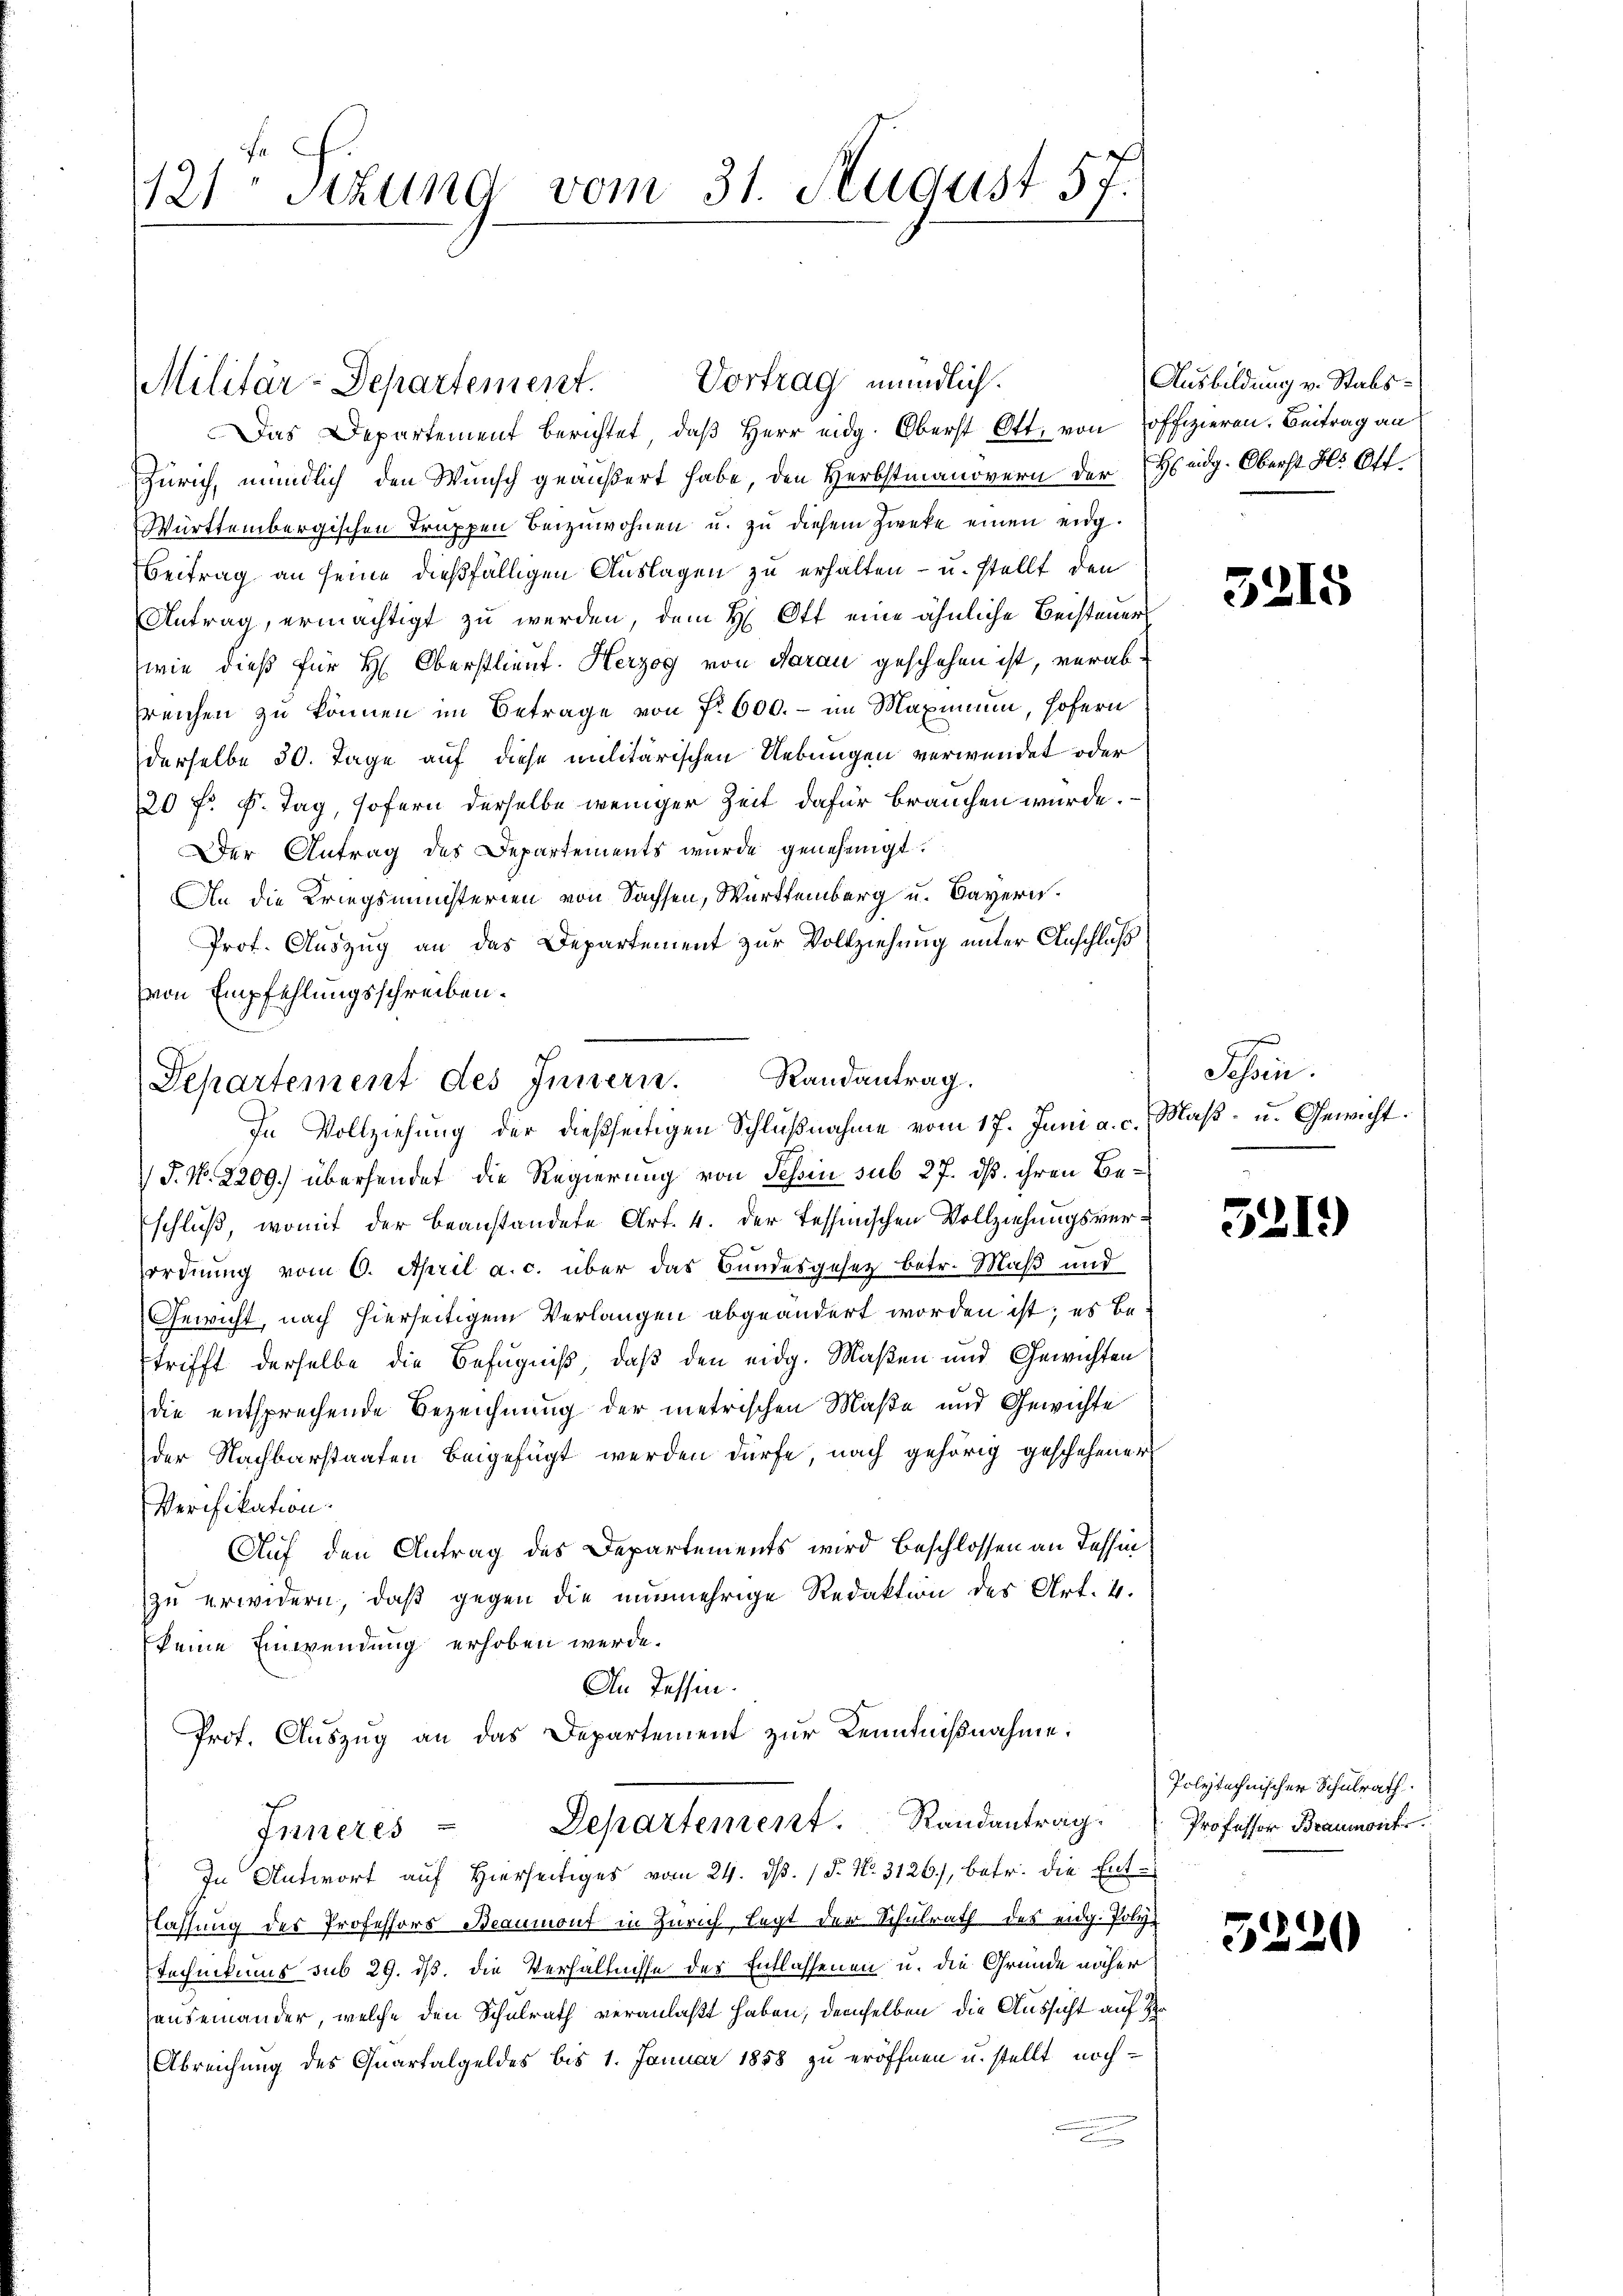
121 sizung vom 31. August 57.

Militär-Departement. Vortrag mündlich.

Das Departement berichtet, daß Herr eidg. Oberst Ott, von offizieren. Beitrag an
Zürich, mündlich den Wunsch geäußert habe, den Herbstmanovern der Heidg. Oberst Bl. Ott.
Württembergischen Trappen beizuwohnen u. zu diesem Zweke einen eig¬
Beitrag an seine dießfälligen Auslagen zu erhalten - u. stellt den
Antrag, ermächtigt zu werden, dem H. Ott eine ähnliche Beisteuers
wie dieß für H: Oberstlieut. Herzog von darau geschehen ist, verabsreichen zu können im Betrage von No 600. - im Maximum, Hofern
derselbe 30. Tage auf diese militärischen Uebungen verwendet oder
20 fr F. Tag, sofern derselbe weniger Zeit dafür brauchen würde.
Der Antrag des Departements wurde genehmigt.
An die Kriegsministerien von Sachsen, Württemberg u. Bayern.
Prof. Auszug an das Departement zur Vollziehung unter Anschluß
von Empfehlungsschreiben.
In Vollziehung der dießseitigen Schlußnahme vom 17. Juni a. c. Maβ- u. Gewicht¬
J. No. 2209.) übersendet die Regierung von Schin sub 27. ds. ihren Beschluß, womit der beanstandete Art. 4. der Tessinischen Vollziehungsverordnung vom 6. April a. c. über das Bundesgesetz betr. Maß und
Gewicht, nach hierseitigem Verlangen abgeändert worden ist; es betrifft derselbe die Befugniß, daß den eidg. Maßen und Gewichten
die entsprechende Bezeichnung der metrischen Maße und Gewichte
der Nachbarstaaten beigefügt werden dürfe, nach gehörig geschehener
Verifikation.
Auf den Antrag des Departements wird Beschlossen an Tessin
zu erwidern, daß gegen die nunmehrige Redaktion des Art. 4.
keine Einwendung erhoben werde.
An Tessin.
Prof. Auszug an das Departement zur Kenntnißnahme.
Inneres Departement. Randantrag
In Antwort auf Hierseitiges vom 24. dß. / 5. No. 3126), betr. die Ent¬
Classung des Professors Beaumont in Zürich, legt der Schulrath des eidg. Poly-
Technikums sub 29. dß. die Verhältnisse des Entlassenen u. die Gründe näher
auseinander, welche den Schulrath veranlaßt haben, demselben die Aussicht auf H
Abreichung des Quartalgeldes bis 1. Januar 1858 zu eröffnen u. stellt noch¬

Randantrag.
Separtement des Innern.

Ausbildung v. Stabs¬

3215

Schen.

5219

Polytechnischer Schulrath.
Professor Braumont

5220